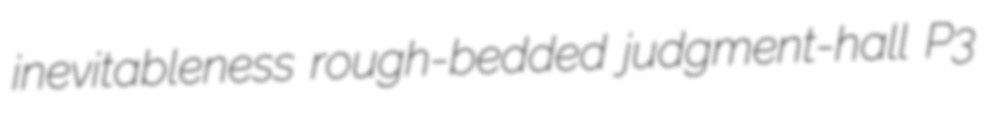
inevitableness rough-bedded judgment-hall P3